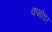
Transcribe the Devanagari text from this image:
कमोडर